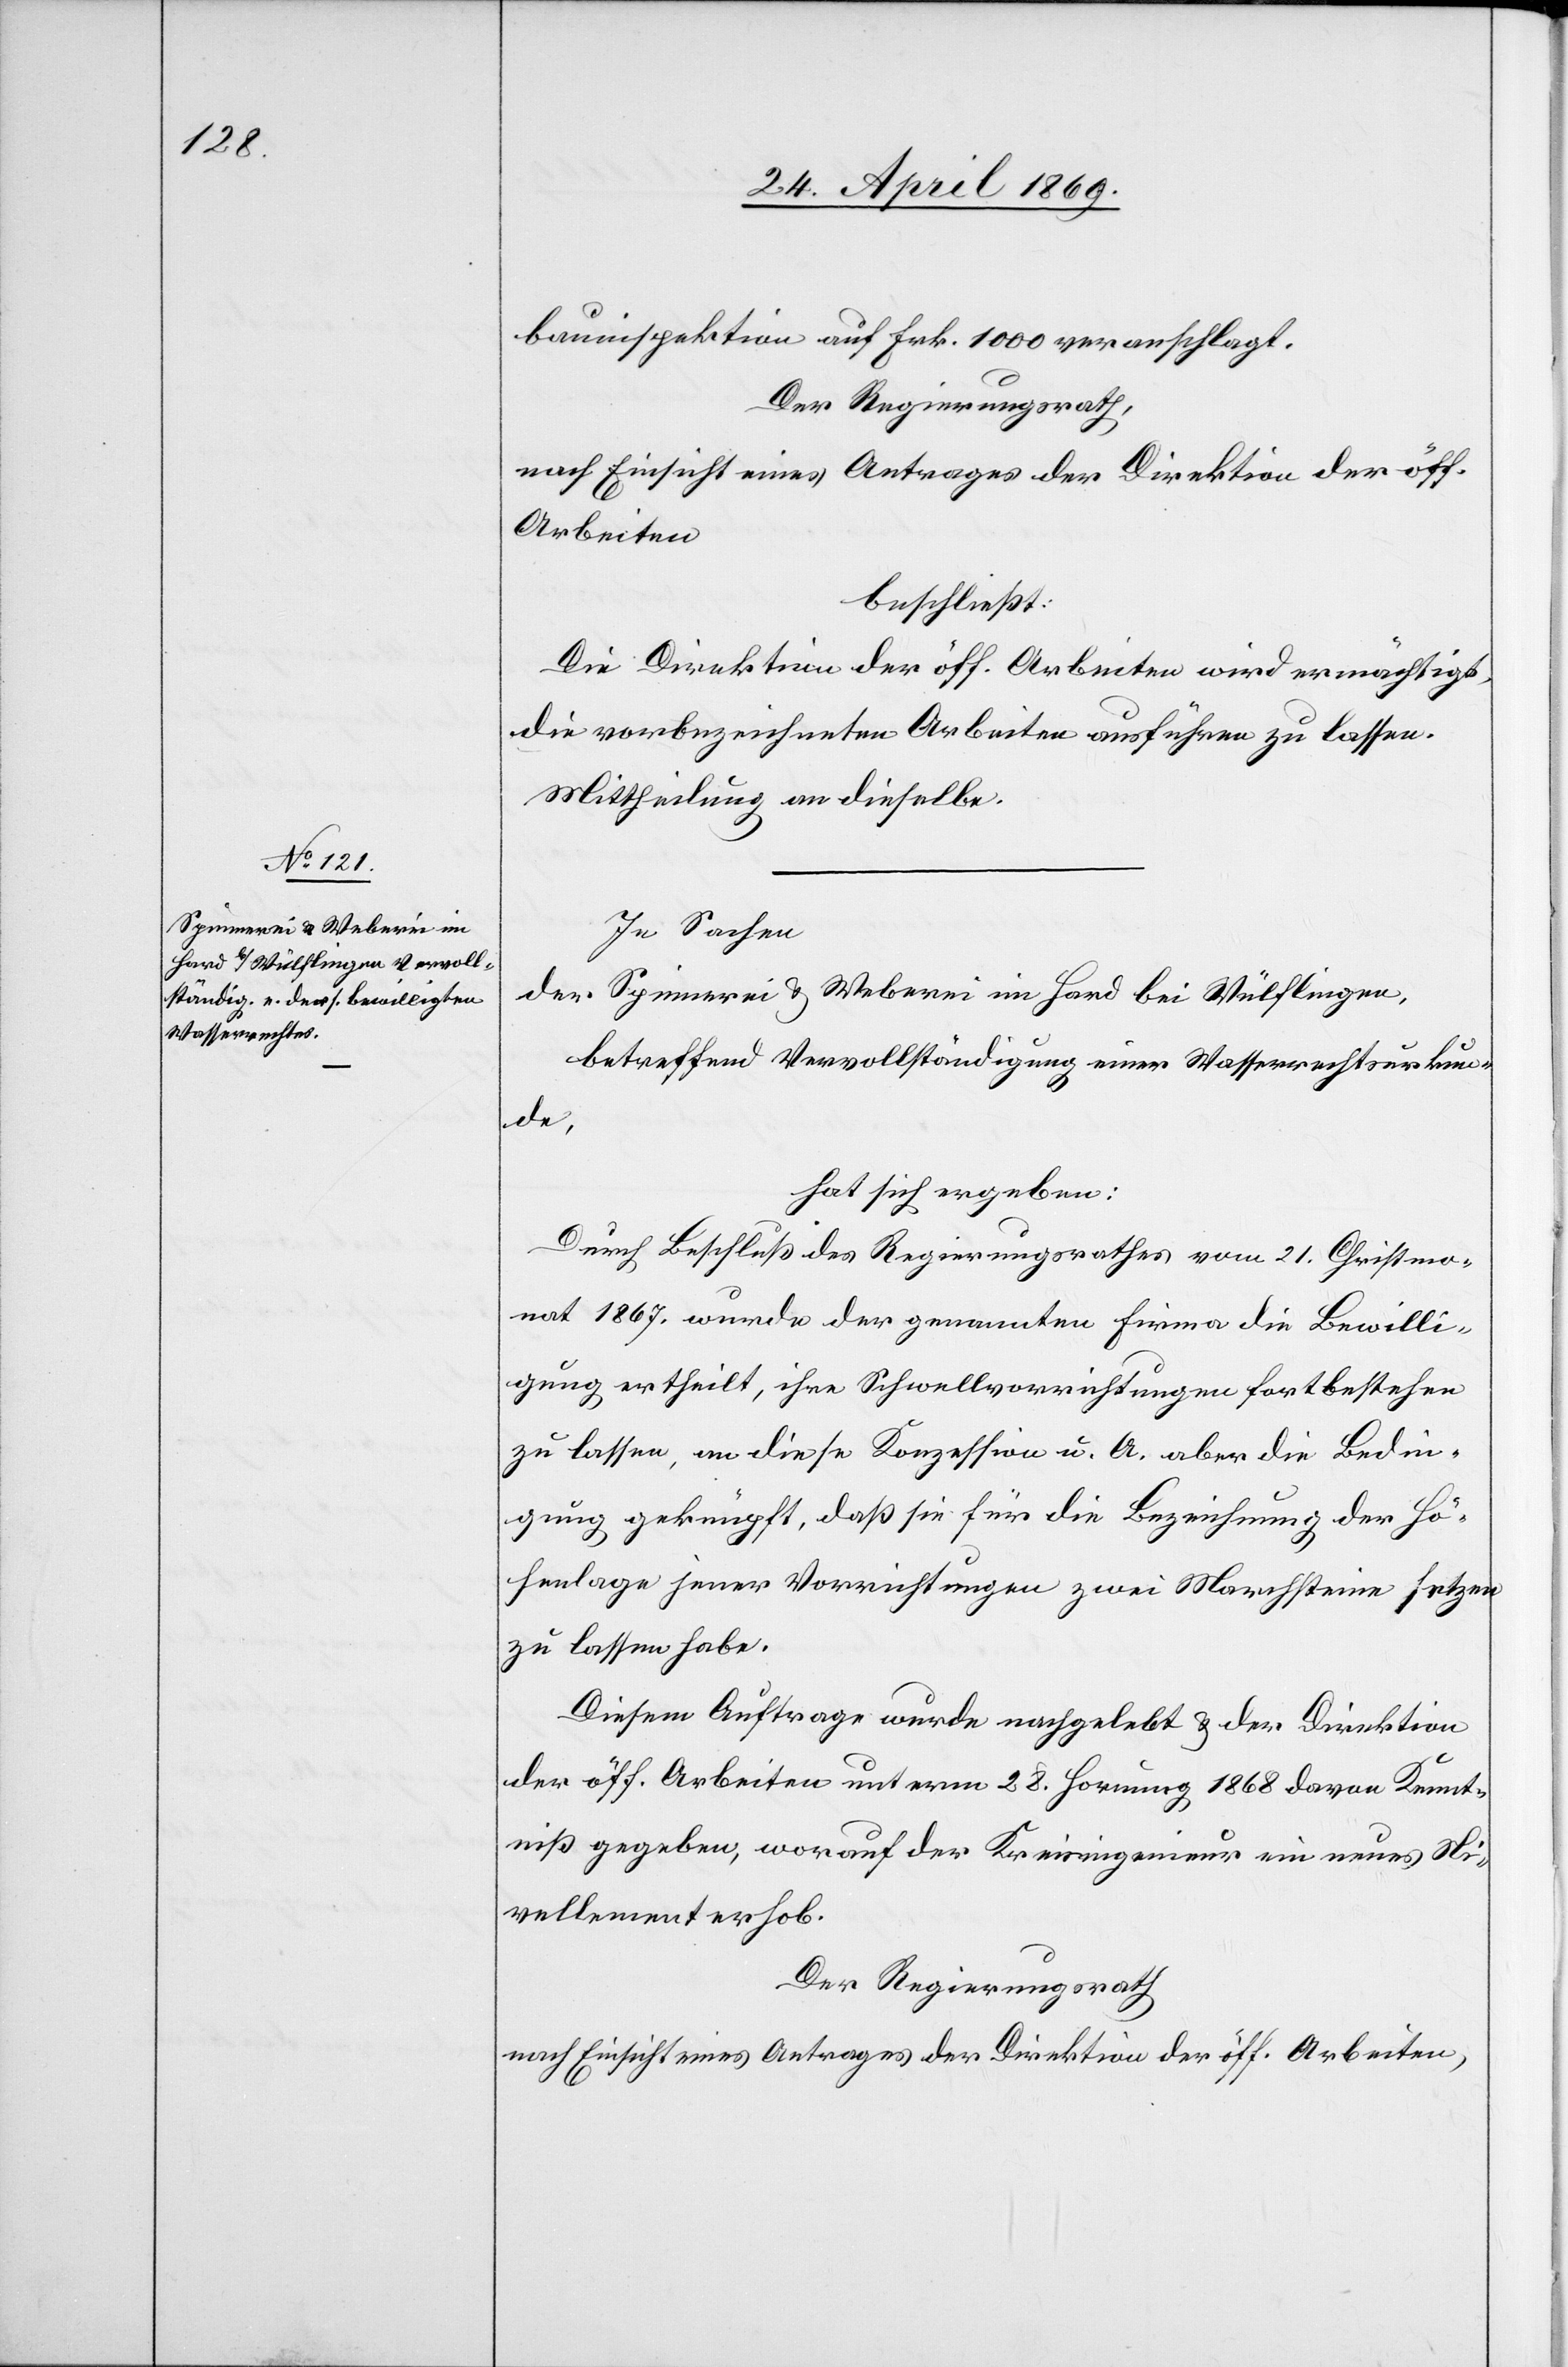
bauinspektion auf Frk. 1000 veranschlagt.
Der Regierungsrath,
nach Einsicht eines Antrages der Direktion der öff.
Arbeiten
beschließt:
Die Direktion der öff. Arbeiten wird ermächtigt,
die vorbezeichneten Arbeiten ausführen zu lassen.
Mittheilung an dieselbe.
In Sachen
der Spinnerei u. Weberei im Hard bei Wülflingen,
betreffend Vervollständigung einer Wasserrechtsurkun¬
de,
hat sich ergeben:
Durch Beschluß des Regierungsrathes vom 21. Christmo¬
nat 1867 wurde der genannten Firma die Bewilli¬
gung ertheilt, ihre Schwellvorrichtungen fortbestehen
zu lassen, an diese Konzession u. A. aber die Bedin¬
gung geknüpft, daß sie für die Bezeichnung der Hö¬
henlage jener Verrichtungen zwei Marchsteine setzen
zu lassen habe.
Diesem Auftrage wurde nachgelebt u. der Direktion
der öff. Arbeiten unterm 28. Hornung 1868 davon Kennt¬
niß gegeben, worauf der Kreisingenieur ein neues Ni¬
vellement erhob.
Der Regierungsrath
nach Einsicht eines Antrages der Direktion der öff. Arbeiten,